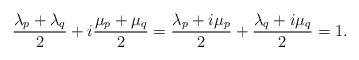
LaTeX: \begin{align*}\frac{\lambda_p+\lambda_q}{2}+i\frac{\mu_p+\mu_q}{2}=\frac{\lambda_p+i\mu_p}{2}+\frac{\lambda_q+i\mu_q}{2}=1.\end{align*}